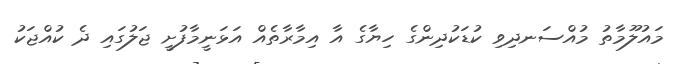
މައުލޫމާތު މުއްސަނދިވި ކުޑަކުދިންގެ ހިޔާގެ އާ އިމާރާތެއް އަޅަނީމާފުށީ ޖަލުގައި ދެ ކުއްޖަކު